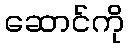
ဆောင်ကို